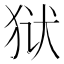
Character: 狱